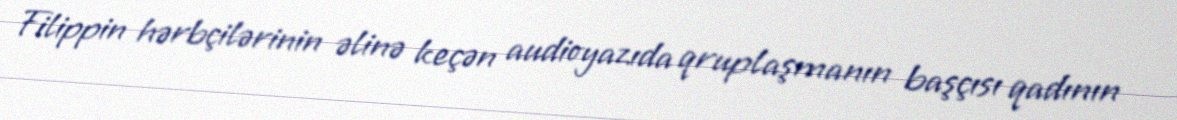
Filippin hərbçilərinin əlinə keçən audioyazıda qruplaşmanın başçısı qadının